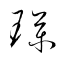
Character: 璞